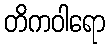
တိကဝါရော